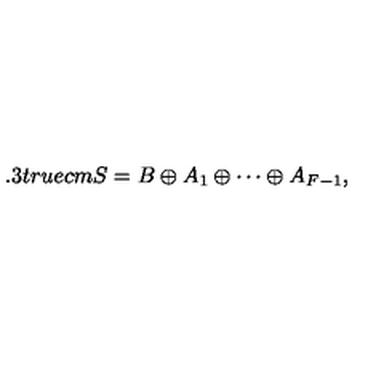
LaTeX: \hspace { - 3 . 3 t r u e c m } S = B \oplus A _ { 1 } \oplus \cdots \oplus A _ { F - 1 } ,